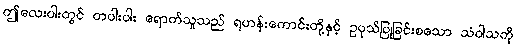
ဤလေးပါးတွင် တပါးပါး ရောက်သူသည် ရဟန်းကောင်းတို့နှင့် ဥပုသ်ပြုခြင်းစသော သံဝါသကို